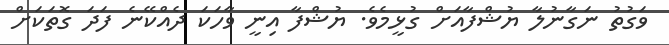
ވަގުތު ނަގާނުލާ ޔުޝްފާއަށް ގުޅީމެވެ. ޔުޝްފާ އިނީ ވާހަކަ ދެއްކޭނެ ފަދަ ގޮތަކަށް